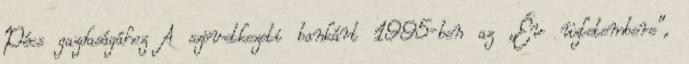
Pécs gazdaságához A szövetkezeti bankárt 1995-ben az „Év üzletembere”,